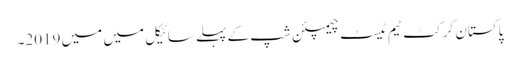
پاکستان کرکٹ ٹیم ٹیسٹ چیمپئن شپ کے پہلے سائیکل میں میں 2019۔